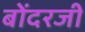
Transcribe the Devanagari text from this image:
बोंदरजी